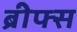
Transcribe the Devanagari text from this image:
ब्रीफ्स